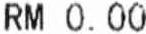
RM 0.00